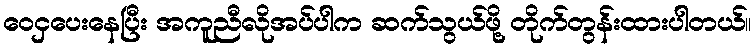
ဝေငှပေးနေပြီး အကူညီလိုအပ်ပါက ဆက်သွယ်ဖို့ တိုက်တွန်းထားပါတယ်။